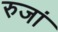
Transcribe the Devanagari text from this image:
रुजां